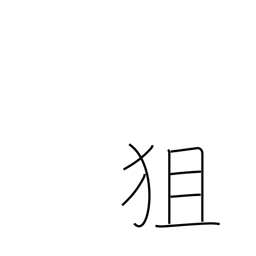
Meaning: aim at